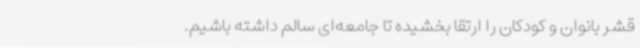
قشر بانوان و کودکان را ارتقا بخشیده تا جامعه‌ای سالم داشته باشیم.